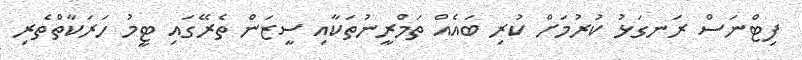
ފިޓްނަސް ރަނގަޅު ކުރުމަށް ކުރި ބައެއް ތަމްރީނުތަކާއި ސީޒަން ތެރޭގައި ޓީމު ހަރަކާތްތެރި